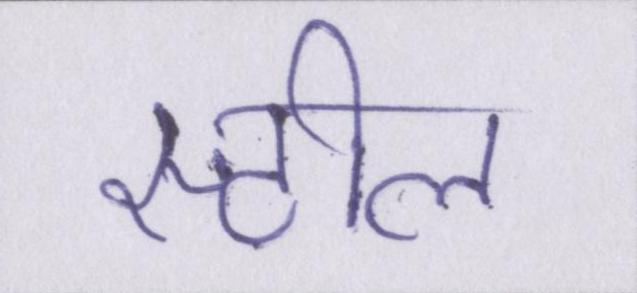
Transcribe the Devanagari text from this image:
स्टील